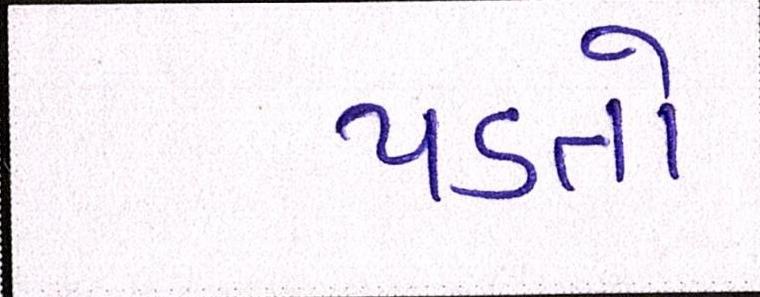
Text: પડતો